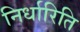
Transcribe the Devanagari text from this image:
निर्धारिति